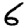
Digit: 6